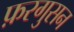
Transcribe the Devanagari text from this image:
फ़रगुसन